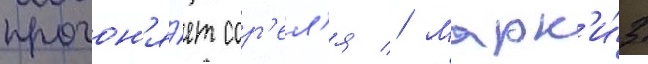
прогон'я́ет сор'ел'я // Марк'и́з